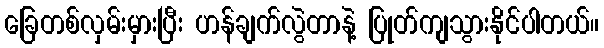
ခြေတစ်လှမ်းမှားပြီး ဟန်ချက်လွဲတာနဲ့ ပြုတ်ကျသွားနိုင်ပါတယ်။